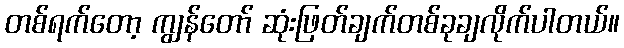
တစ်ရက်တော့ ကျွန်တော် ဆုံးဖြတ်ချက်တစ်ခုချလိုက်ပါတယ်။